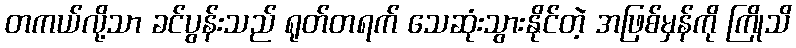
တကယ်လို့သာ ခင်ပွန်းသည် ရုတ်တရက် သေဆုံးသွားနိုင်တဲ့ အဖြစ်မှန်ကို ကြိုသိ